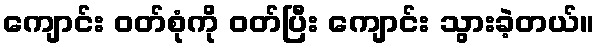
ကျောင်း ဝတ်စုံကို ဝတ်ပြီး ကျောင်း သွားခဲ့တယ်။